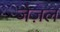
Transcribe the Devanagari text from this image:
जेज़ल